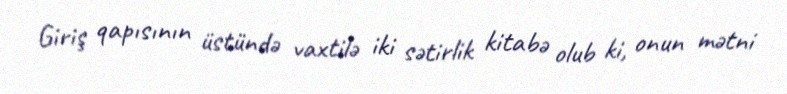
Giriş qapısının üstündə vaxtilə iki sətirlik kitabə olub ki, onun mətni